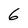
Character: 6